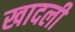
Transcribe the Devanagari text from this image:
खादली